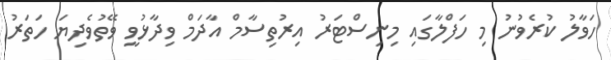
ހަވާލު ކުރެވުނު މި ހަފްލާގައި މިނިސްޓަރު އިރުތިސާމް އާދަމް ވިދާޅުވީ ވޭތުވެދިޔަ ހަތަރު